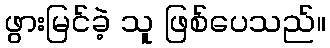
ဖွားမြင်ခဲ့ သူ ဖြစ်ပေသည်။